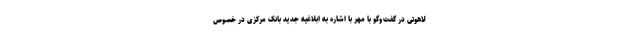
لاهوتی در گفت‌وگو با مهر با اشاره به ابلاغیه جدید بانک مرکزی در خصوص